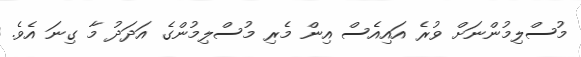
މުސްލިމުންނަށް ވުރެ އައިއެސް އިން މެރި މުސްލިމުންގެ އަދަދު މާ ގިނަ އެވެ.